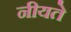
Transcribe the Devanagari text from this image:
नीयते